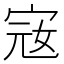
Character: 宼